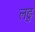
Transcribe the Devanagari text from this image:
लढु